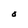
Character: O